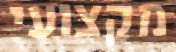
מקצועי